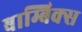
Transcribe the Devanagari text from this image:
बाम्बिक्स